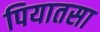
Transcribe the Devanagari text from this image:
पियातसा